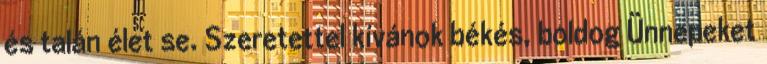
és talán élet se. Szeretettel kívánok békés, boldog Ünnepeket